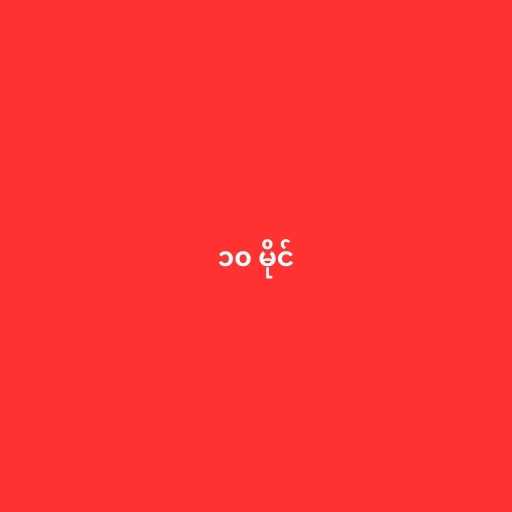
၁၀ မိုင်